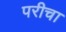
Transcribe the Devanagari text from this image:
परीचा